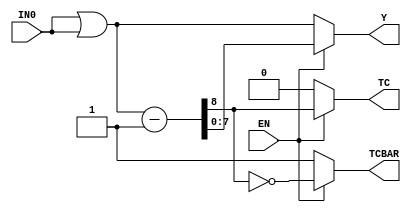
//------------------------------------------------------
// Copyright 1992, 1993 Cascade Design Automation Corporation.
//------------------------------------------------------
module incbar(EN,IN0,TC,TCBAR,Y);
  parameter N = 8;
  parameter DPFLAG = 1;
  parameter GROUP = "dpath1";
  parameter
        d_EN_r = 0,
        d_EN_f = 0,
        d_IN0 = 0,
        d_TC_r = 1,
        d_TC_f = 1,
        d_TCBAR_r = 1,
        d_TCBAR_f = 1,
        d_Y = 1;
  input  EN;
  input [(N - 1):0] IN0;
  output  TC;
  output  TCBAR;
  output [(N - 1):0] Y;
  wire  EN_temp;
  wire [(N - 1):0] IN0_temp;
  reg  TC_temp;
  reg  TCBAR_temp;
  reg [(N - 1):0] Y_temp;
  reg [N:0] SUM;
  assign #(d_EN_r,d_EN_f) EN_temp = EN;
  assign #(d_IN0) IN0_temp = IN0|IN0;
  assign #(d_TC_r,d_TC_f) TC = TC_temp;
  assign #(d_TCBAR_r,d_TCBAR_f) TCBAR = TCBAR_temp;
  assign #(d_Y) Y = Y_temp;
  always
    @(EN_temp or IN0_temp)
      begin
      if((EN_temp == 1'b0))
        begin
        Y_temp = IN0_temp;
        TC_temp = 1'b0;
        TCBAR_temp = 1'b1;
        end
      else      if((EN_temp == 1'b1))
        begin
        SUM = ({1'b0,IN0_temp} - 1'b1);
        TC_temp = SUM[N];
        TCBAR_temp = ( ~ SUM[N]);
        Y_temp = SUM[(N - 1):0];
        end
      else
        begin
        TC_temp = 128'bx;
        TCBAR_temp = 128'bx;
        Y_temp = 128'bx;
        end
      end
endmodule